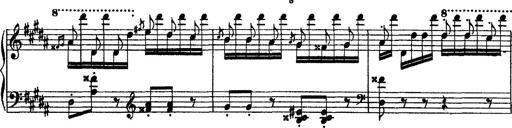
Title: Grandes Ã©tudes de Paganini
Composer: Franz Liszt